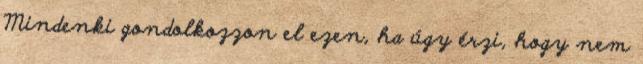
Mindenki gondolkozzon el ezen, ha úgy érzi, hogy nem